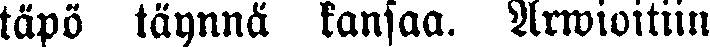
täpö täynnä kansaa. Arwioitiin